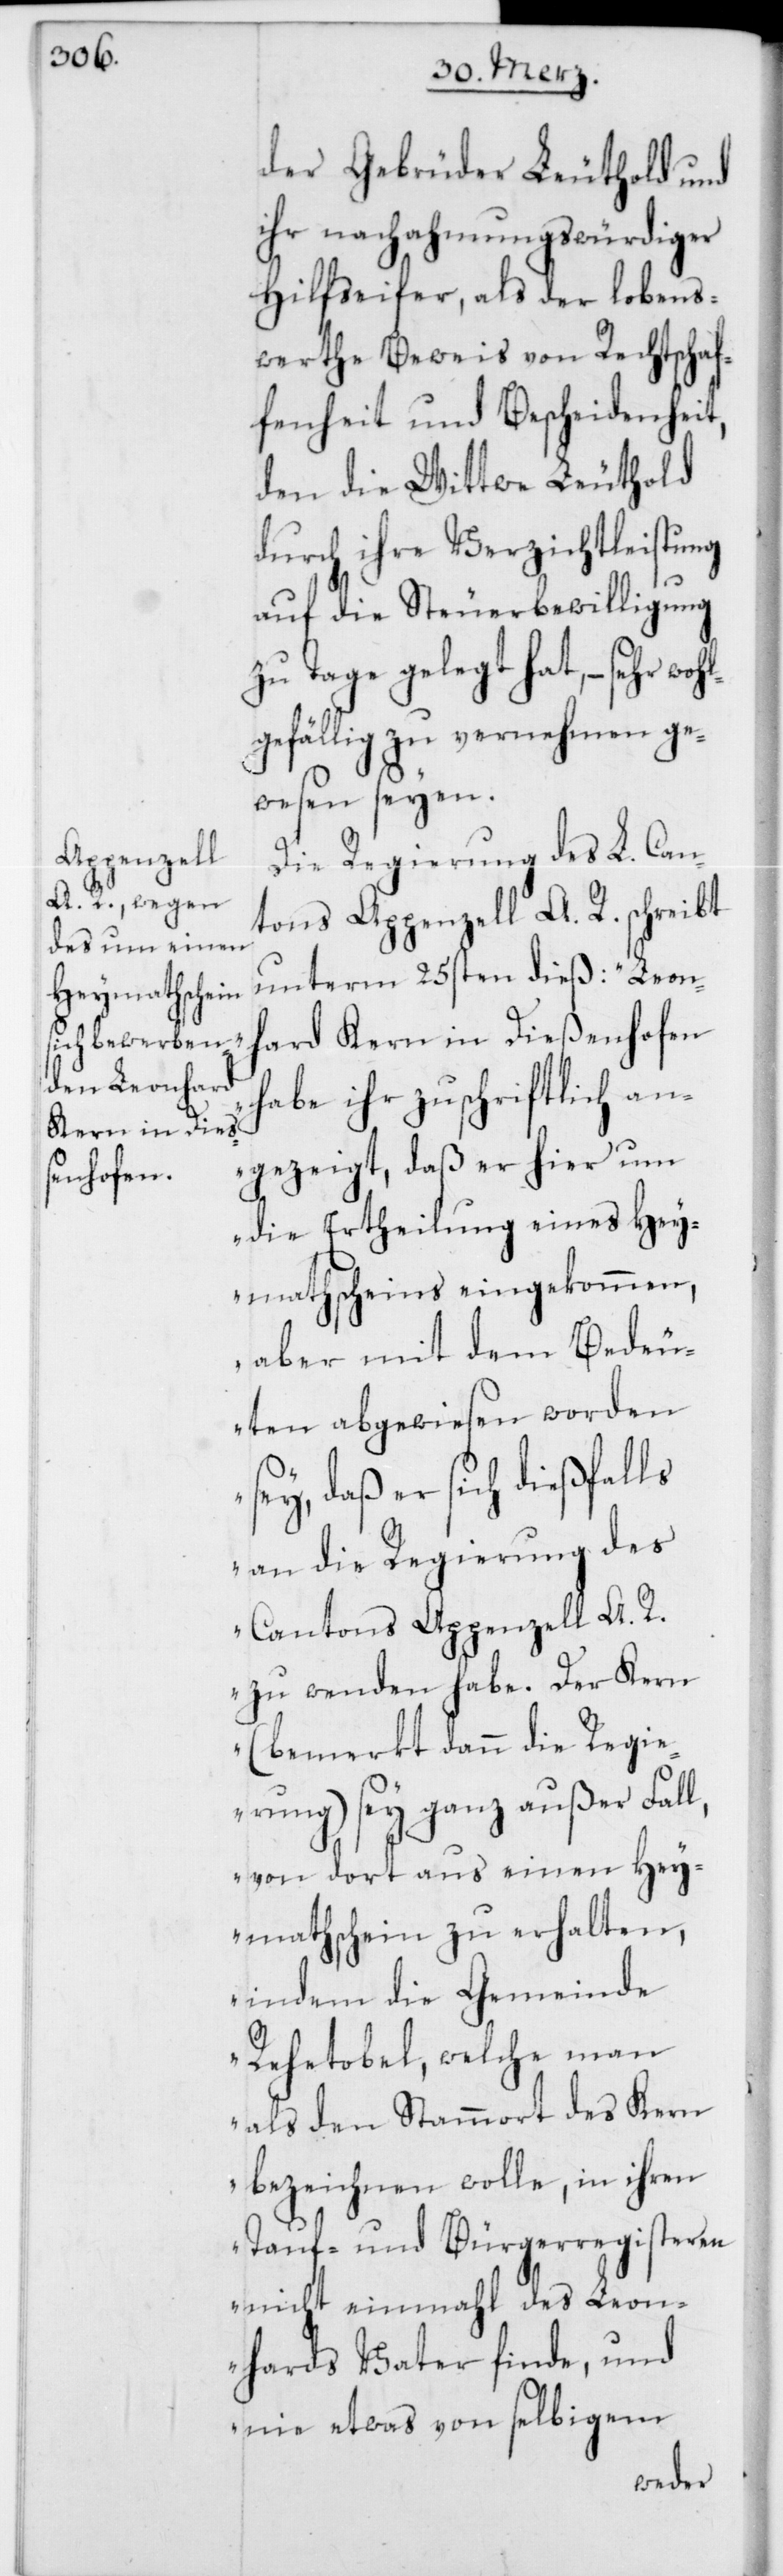
der Gebrüder Leuthold und
ihr nachahmungswürdiger
Hilfseifer, als der lobens¬
werthe Beweis von Rechtschaf¬
fenheit und Bescheidenheit,
den die Wittwe Leuthold
durch ihre Verzichtleistung
auf die Steuerbewilligung
zu Tage gelegt hat, – sehr woh¬
lgefällig zu vernehmen ge¬
wesen seyen.
Die Regierung des L. Can¬
tons appenzell A. R. schreibt
unterm 25sten dieß: „Leon¬
hard Kern in Dießenhofen
habe ihr zuschriftlich an¬
gezeigt, daß er hier um
die Ertheilung eines Hey¬
mathscheins eingekommen,
aber mit dem Bedeu¬
ten abgewiesen worden
sey, daß er sich dießfalls
an die Regierung des
Cantons Appenzell A. R.
zu wenden habe. Der Kern
(bemerkt dann die Regie¬
rung) sey ganz außer Fall,
von dort aus einen Hey¬
mathschein zu erhalten,
indem die Gemeinde
Rehetobel, welche man
als den Stammort des Kern
bezeichnen wolle, in ihren
Tauf- und Bürgerregisteren
nicht einmahl des Leon¬
hards Vater finde, und
nie etwas von selbigem